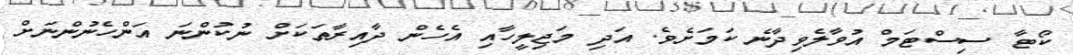
ކޯޓާ ސިސްޓަމް އުވާލެވިދާނެ ކަމަށެވެ. އަދި މަޖިލީހާއި އެހެން ދާއިރާތަަކަށް ނުކުންނަ އަންހެނުންނަށް